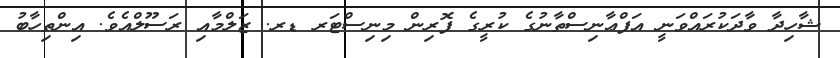
ޝާހިދާ ވާދަކުރައްވަނީ އަފްޢާނިސްތާނުގެ ކުރީގެ ފޮރިން މިނިސްޓަރ ޑރ. ޒަލްމާއި ރަސޫލްއެވެ. އިންތިހާބު